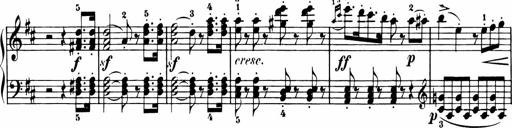
Title: 11 Sonatinas for Piano Solo
Composer: Anton Diabelli